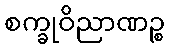
စက္ခုဝိညာဏဉ္စ